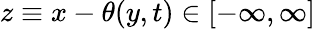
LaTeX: z\equiv x-\theta(y,t)\in[-\infty,\infty]